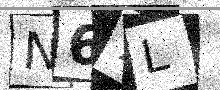
Text: N67L